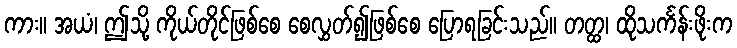
ကား။ အယံ၊ ဤသို့ ကိုယ်တိုင်ဖြစ်စေ စေလွှတ်၍ဖြစ်စေ ပြောရခြင်းသည်။ တတ္ထ၊ ထိုသင်္ကန်းဖိုးက